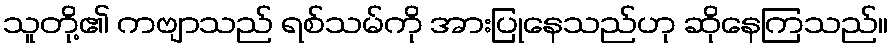
သူတို့၏ ကဗျာသည် ရစ်သမ်ကို အားပြုနေသည်ဟု ဆိုနေကြသည်။